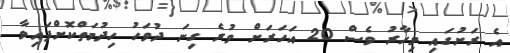
އެ ރަށުގައި މިހާރު ވެސް 20 އަހަރަށް ވުރެ ގިނަ ދުވަހު ހިދުމަތްކޮށްފައިވާ